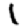
Digit: 1